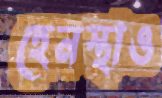
হেনস্থাও